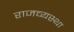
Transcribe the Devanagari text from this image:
राजव्यस्था